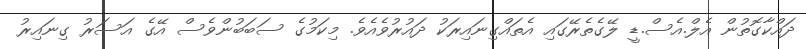
ދައްކާގޮތުން އެލް.އެސް.ޑީ ލޭގެތެރޭގައި އެތައްގިނައިރަކު ދައުރުވެއެވެ. މިކަމުގެ ސަބަބުންވެސް އޭގެ އަސަރު ގިނައިރު